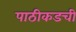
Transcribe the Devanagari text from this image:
पाठीकडची